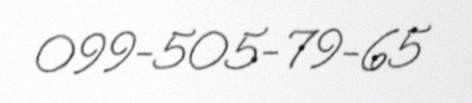
099-505-79-65